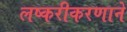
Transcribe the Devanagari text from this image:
लष्करीकरणाने